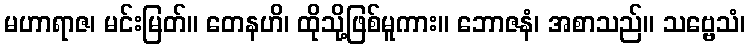
မဟာရာဇ၊ မင်းမြတ်။ တေနဟိ၊ ထိုသို့ဖြစ်မူကား။ ဘောဇနံ၊ အစာသည်။ သဗ္ဗေသံ၊